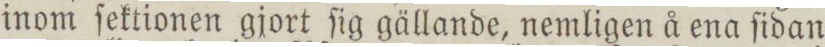
inom ſektionen gjort ſig gällande, nemligen å ena ſidan